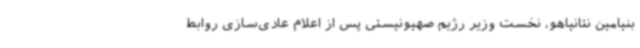
بنیامین نتانیاهو، نخست وزیر رژیم صهیونیستی پس از اعلام عادی‌سازی روابط